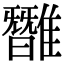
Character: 𩀿